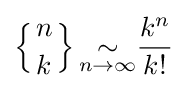
\left\{{n \atop k}\right\}{\underset {n\to \infty }{\sim }}{\frac {k^{n}}{k!}}